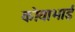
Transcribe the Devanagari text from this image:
कोयाभाई